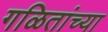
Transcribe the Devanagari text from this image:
गळितांच्या